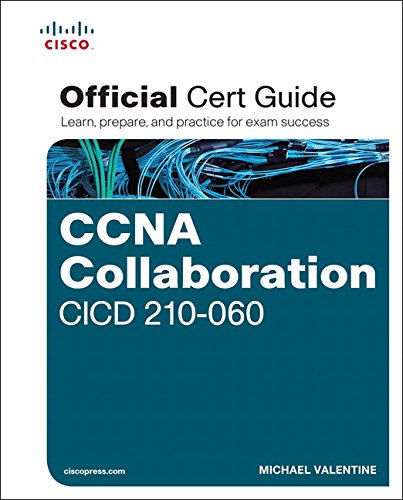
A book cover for CCNA Collaboration CICD 210-060 Official Cert Guide; Michael Valentine; Computers & Technology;